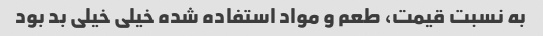
به نسبت قیمت، طعم و مواد استفاده شده خیلی خیلی بد بود